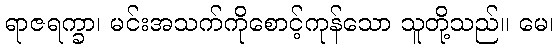
ရာဇရက္ခာ၊ မင်းအသက်ကိုစောင့်ကုန်သော သူတို့သည်။ မေ၊